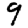
Digit: 9